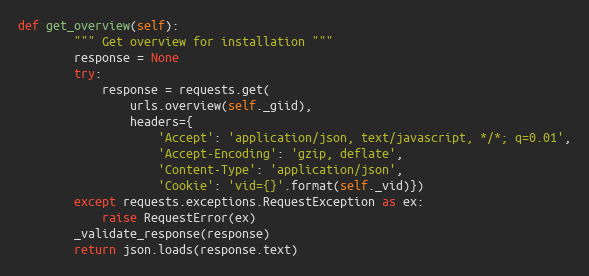
Language: Python
def get_overview(self):
        """ Get overview for installation """
        response = None
        try:
            response = requests.get(
                urls.overview(self._giid),
                headers={
                    'Accept': 'application/json, text/javascript, */*; q=0.01',
                    'Accept-Encoding': 'gzip, deflate',
                    'Content-Type': 'application/json',
                    'Cookie': 'vid={}'.format(self._vid)})
        except requests.exceptions.RequestException as ex:
            raise RequestError(ex)
        _validate_response(response)
        return json.loads(response.text)